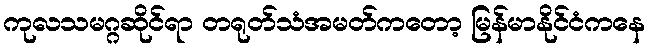
ကုလသမဂ္ဂဆိုင်ရာ တရုတ်သံအမတ်ကတော့ မြန်မာနိုင်ငံကနေ